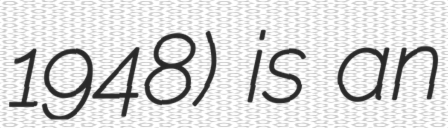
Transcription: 1948) is an